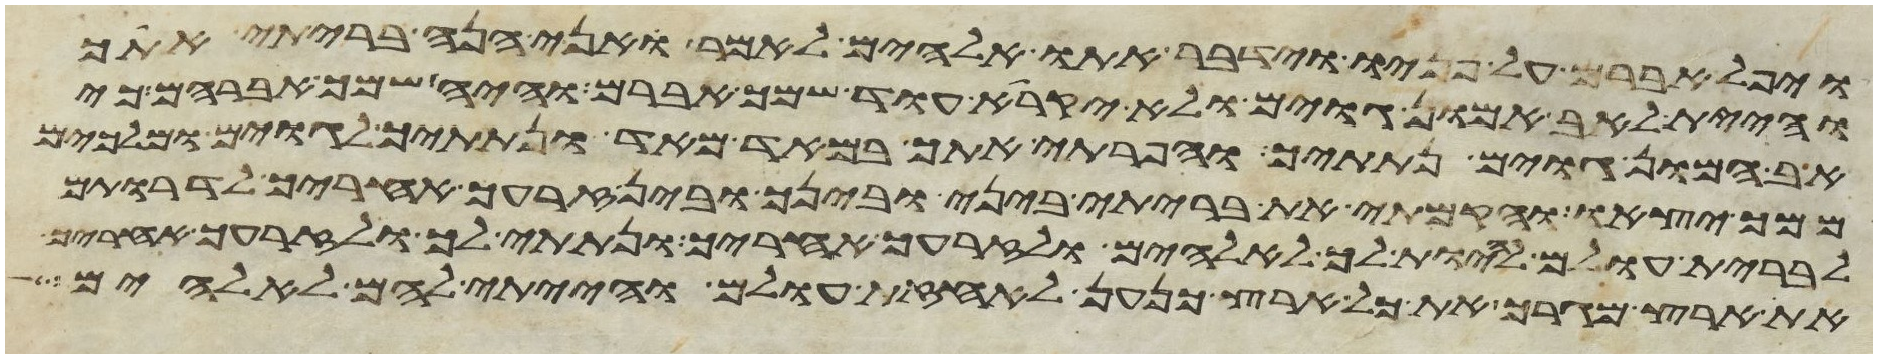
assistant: ויפל אברם על פניו וידבר אתו אלהים לאמר ואני הנה בריתי אתך
והיית לאב המון גוים ולא יקרא עוד שמך אברם והיה שמך אברהם כי
אב המון גוים נתתיך והפריתי אתך במאד מאד ונתתיך לגוים ומלכים
ממך יצאו והקמתי את בריתי ביני ובינך ובין זרעך אחריך לדרתם
לברית עולם להיות לך לאלהים ולזרעך אחריך ונתתי לך ולזרעך אחריך
את ארץ מגריך את כל ארץ כנען לאחזת עולם והייתי להם לאלהים